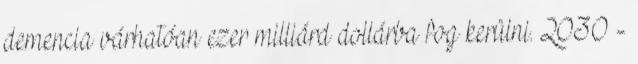
demencia várhatóan ezer milliárd dollárba fog kerülni. 2030 -